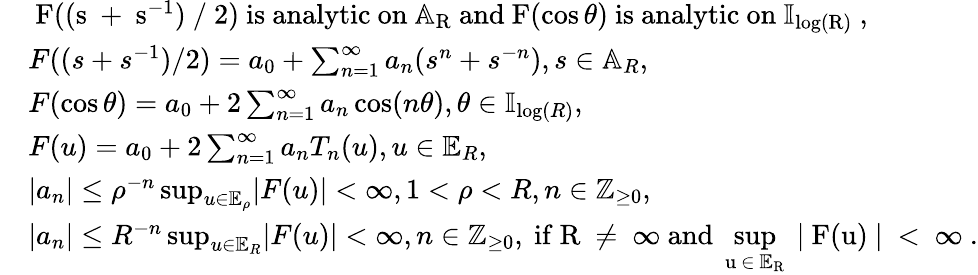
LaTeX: \begin{array}{rl}&{\mathrm{~F((s~+~s^{-1})~/~2)~is~analytic~on~\mathbb{A}_R~and~F(\cos\theta)~is~analytic~on~\mathbb{I}_{\log(R)}~},}\\ &{F((s+s^{-1})/2)=a_{0}+\sum_{n=1}^{\infty}a_{n}(s^{n}+s^{-n}),s\in\mathbb{A}_{R},}\\ &{F(\cos\theta)=a_{0}+2\sum_{n=1}^{\infty}a_{n}\cos(n\theta),\theta\in\mathbb{I}_{\log(R)},}\\ &{F(u)=a_{0}+2\sum_{n=1}^{\infty}a_{n}T_{n}(u),u\in\mathbb{E}_{R},}\\ &{\lvert a_{n}\rvert\le\rho^{-n}\operatorname*{sup}_{u\in\mathbb{E}_{\rho}}\lvert F(u)\rvert<\infty,1<\rho<R,n\in\mathbb{Z}_{\ge 0},}\\ &{\lvert a_{n}\rvert\le R^{-n}\operatorname*{sup}_{u\in\mathbb{E}_{R}}\lvert F(u)\rvert<\infty,n\in\mathbb{Z}_{\ge 0},\mathrm{~if~R~\ne~\infty~and~\operatorname*{sup}\limits_{u~\in~\mathbb{E}_R}~\lvert~F(u)~\rvert~<~\infty~}.}\end{array}